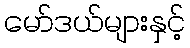
မော်ဒယ်များနှင့်